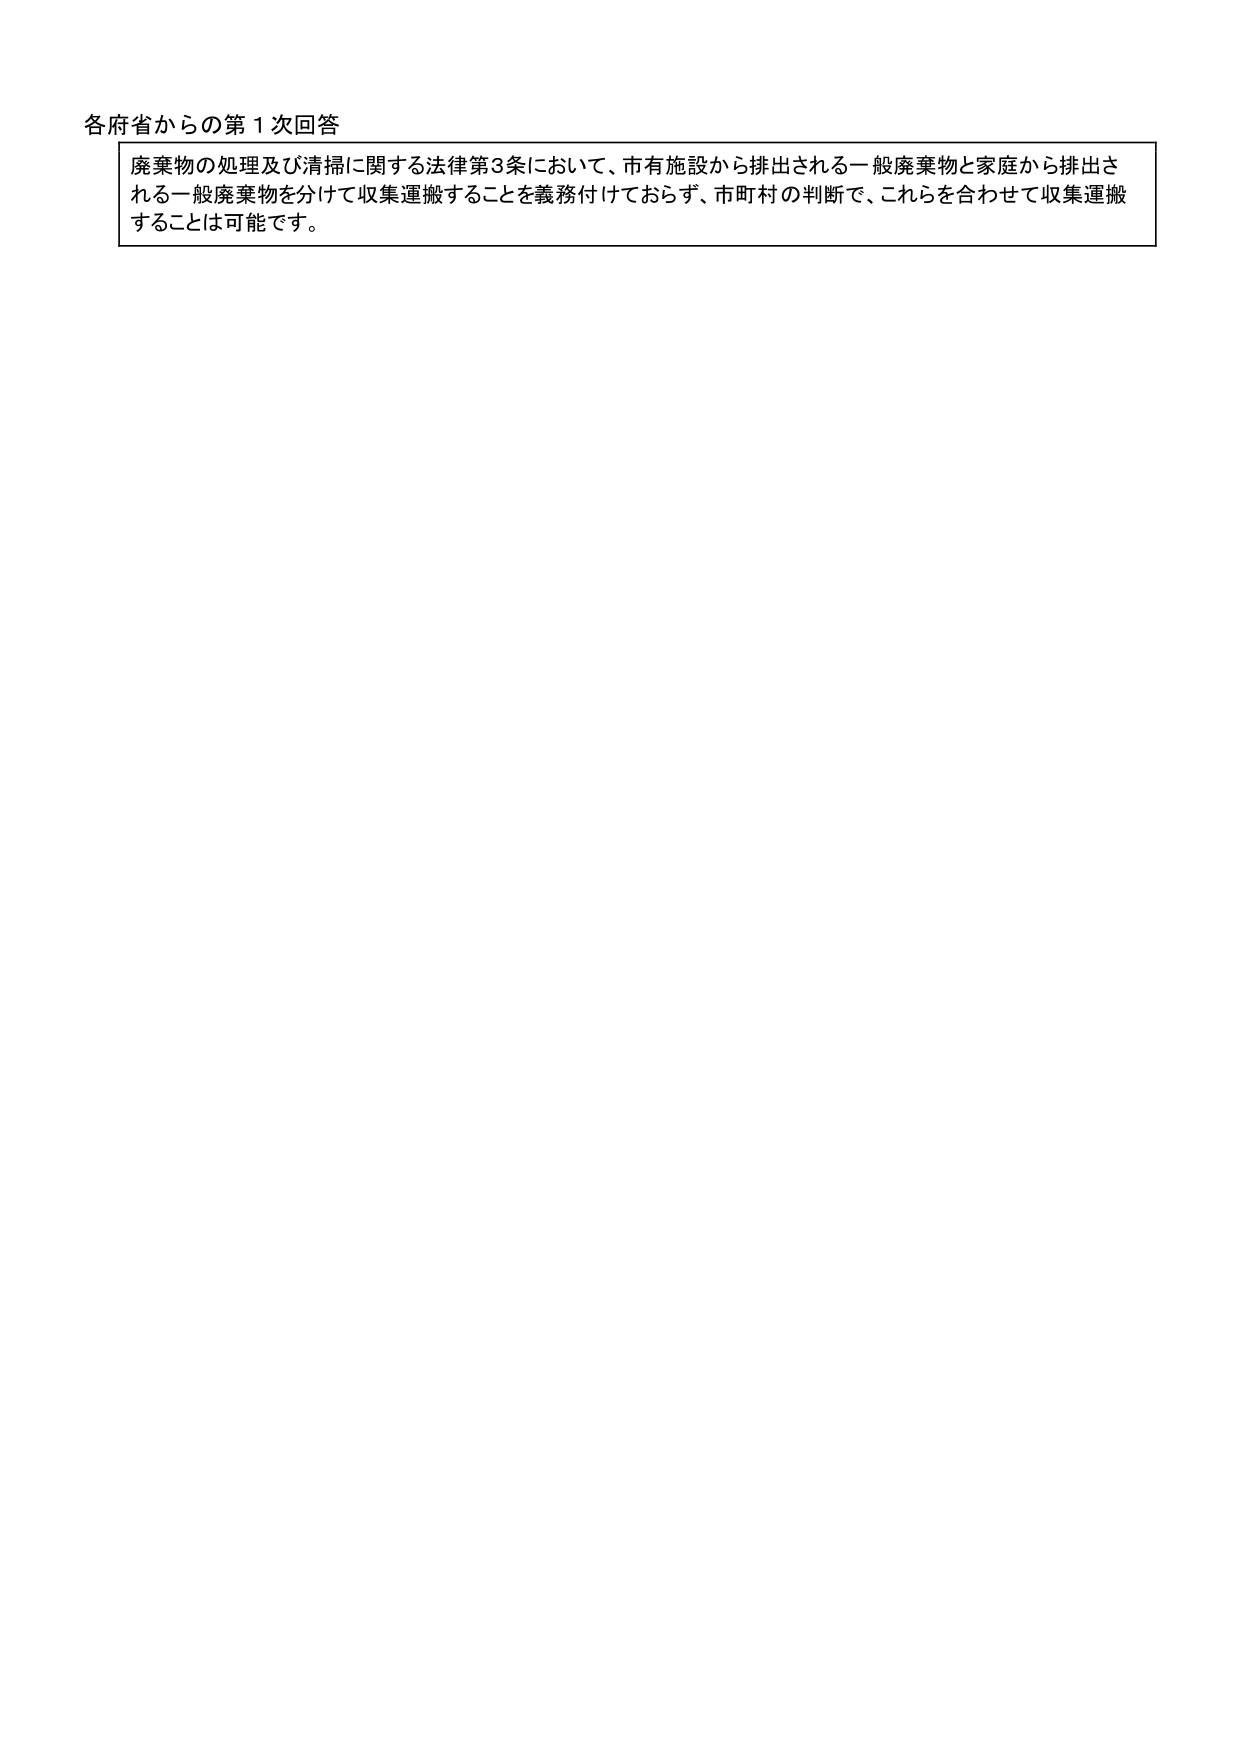
各府省からの第1次回答

廃棄物の処理及び清掃に関する法律第3条において、市有施設から排出される一般廃棄物と家庭から排出される一般廃棄物を分けて収集運搬することを義務付けておらず、市町村の判断で、これらを合わせて収集運搬することは可能です。